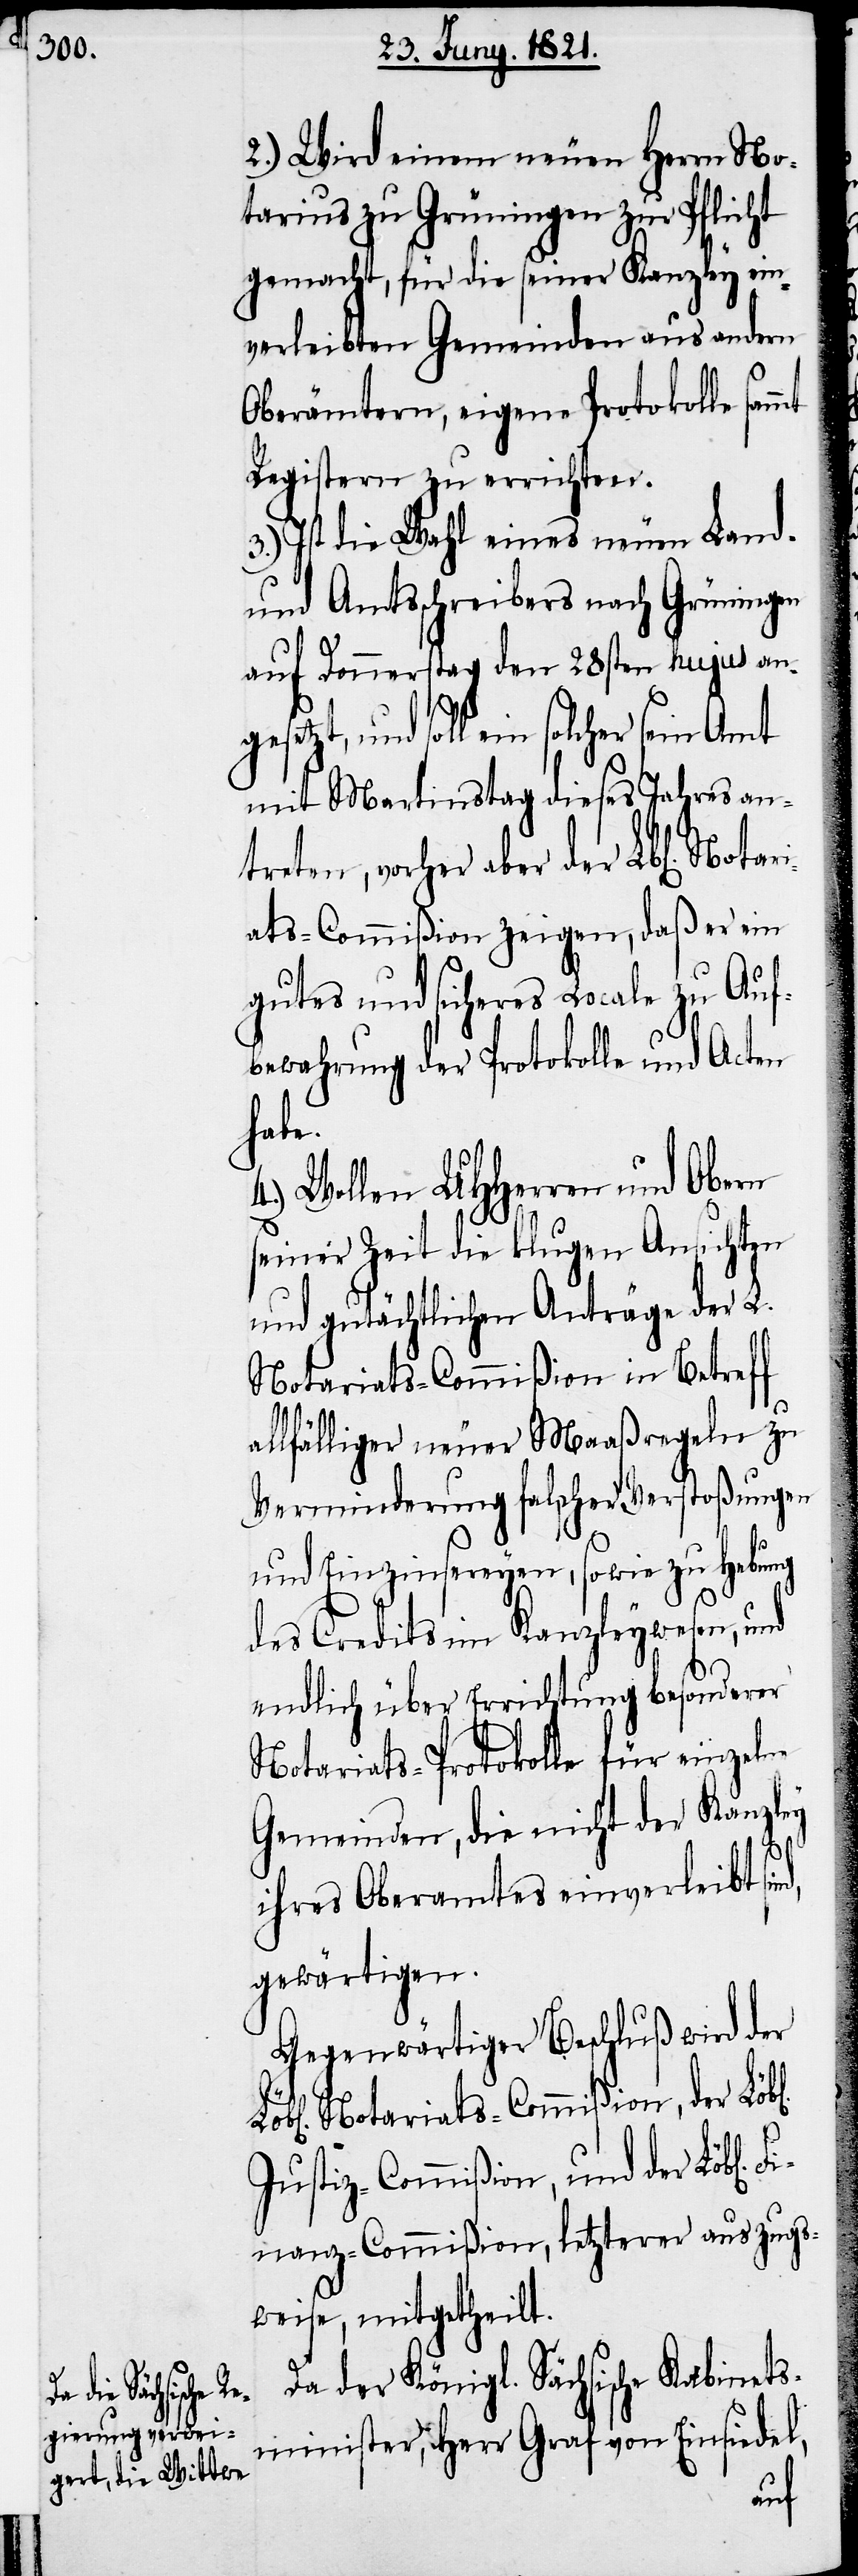
2.) Wird einem neuen Herrn No¬
tarius zu Grüningen zur Pflicht
gemacht, für die seiner Kanzley ein¬
verleibten Gemeinden aus andern
Oberämtern, eigene Protokolle sam¬
Registern zu errichten.
3.) Ist die Wahl eines neuen Land-
und Amtsschreibers nach Grüningen
auf Donnerstag den 28sten hujus an¬
gesetzt, und soll ein solcher
mit Martinstag dieses Jahres an¬
treten, vorher aber der Lbl[iche¬
ats-Commißion zeigen, daß er ein
gutes und sicheres Locale zu Auf¬
bewahrung der Protokolle und Acten
hen]
Wollen UHHerren und Obern
seiner Zeit die klugen Ansichten
und gutächtlichen Anträge der L.
Notariats-Commißion in Betreff
allfälliger neuer Maaßregeln zu
Verminderung falscher Verstoßungen
und Einzinsereyen, sowie zu Hebung
des Credits im Kanzleywesen, und
endlich über Errichtung besonderer
Notariats-Protokolle für einzelne
Gemeinden, die nicht der Kanzley
d,
ihres Oberamtes einverleibt sin¬
gewärtigen.
Gegenwärtiger Beschluß wird der
Notariats-Commißion, der Löb¬
Justiz-Commißion, und der Löbl[ic¬
Finanz-Commißion, letzterer auszugs¬
weise, mitgetheilt.
Da der Königl. Sächsische Kabinets¬
n].
mt
l[ic¬
minister, Herr